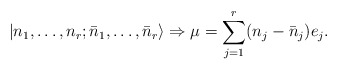
\begin{align*}|n_1,\ldots,n_r;\bar{n}_1,\ldots,\bar{n}_r\rangle \Rightarrow \mu=\sum_{j=1}^r(n_j-\bar{n}_j)e_j. \end{align*}